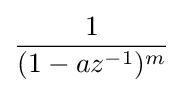
{\frac {1}{(1-az^{-1})^{m}}}